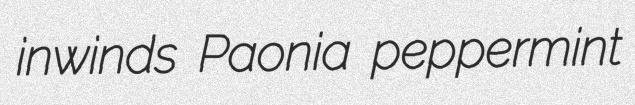
inwinds Paonia peppermint